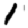
Digit: 1